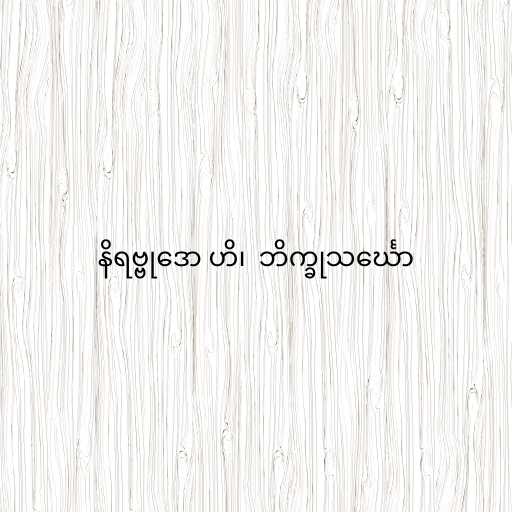
နိရဗ္ဗုဒော ဟိ၊  ဘိက္ခုသင်္ဃော